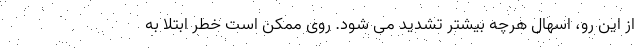
از این رو، اسهال هرچه بیشتر تشدید می شود. روی ممکن است خطر ابتلا به